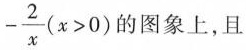
$$- \frac { 2 } { x }$$($$x > 0 $$)的图象上，且